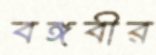
বঙ্গবীর